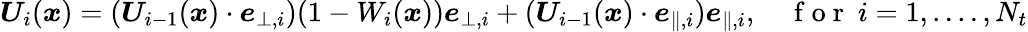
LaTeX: \boldsymbol{U}_{i}(\boldsymbol{x})=(\boldsymbol{U}_{i-1}(\boldsymbol{x})\cdot\boldsymbol{e}_{\bot,i})(1-W_{i}(\boldsymbol{x}))\boldsymbol{e}_{\bot,i}+(\boldsymbol{U}_{i-1}(\boldsymbol{x})\cdot\boldsymbol{e}_{\parallel,i})\boldsymbol{e}_{\parallel,i},\quad\mathrm{~f~o~r~}\ i=1,....,N_{t}